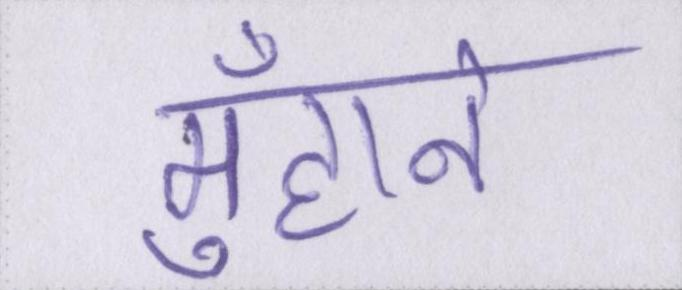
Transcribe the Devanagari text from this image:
मुँहाने